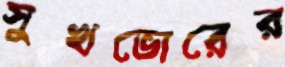
সুখভোরের